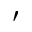
'